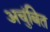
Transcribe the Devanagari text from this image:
अचुंबित